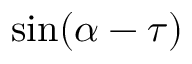
\sin ( \alpha - \tau )